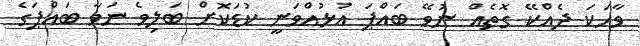
ވާހަކަ ދެއްކޭ ގޮތެއް ނުވޭ ބައްޕަ އުޅުއްވަނީ ކުޑަކޮށް ބަލިވެ ނަވާ ބައްޕަގެ